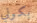
بكوني